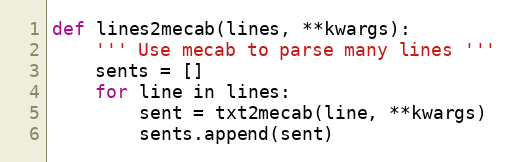
Language: Python
def lines2mecab(lines, **kwargs):
    ''' Use mecab to parse many lines '''
    sents = []
    for line in lines:
        sent = txt2mecab(line, **kwargs)
        sents.append(sent)